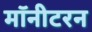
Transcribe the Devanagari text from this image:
मॉनीटरन